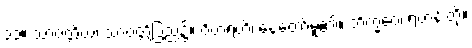
၃၃။ သာဝတ္ထိယံ၊ သာဝတ္ထိပြည်၌။ ဝိဟရတိ၊ နေတော်မူ၏။ ဘိက္ခဝေ၊ ရဟန်းတို့။